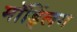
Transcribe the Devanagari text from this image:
मॉड्लिंग